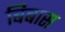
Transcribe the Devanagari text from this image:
बिबास